system: You are a helpful assistant.
user:
Analyze the provided spectrum to determine if it is a **"Cataclysmic Variables (CV)"**.

- **Key Indicators for CV (Check for either state):**
    - **State 1: Quiescent / Low-State (Emission-Dominated)**
        - **(Primary):** Strong and *very broad* Hydrogen Balmer emission lines (e.g., $H\alpha$ at 6563 Å, $H\beta$ at 4861 Å). The 'broadness' (high velocity dispersion, often FWHM > 1000 km/s) is the key diagnostic, indicating a high-velocity accretion disk.
        - **(Secondary):** Broad neutral Helium (He I) emission lines (e.g., 5876 Å, 6678 Å).
        - **(Key Confirmation):** Presence of high-excitation *ionized* Helium (He II) emission at 4686 Å. This is a strong indicator of accretion onto a white dwarf.
        - **(Line Profile):** Emission lines may exhibit a 'double-peaked' profile, which is a classic signature of a rotating accretion disk viewed at high inclination.

    - **State 2: Outburst / High-State (Absorption-Dominated)**
        - **(Primary):** Spectrum is dominated by a bright, blue continuum (looks like a hot star).
        - **(Secondary):** The emission lines from State 1 are weak, absent, or 'filled in', and are replaced by broad, shallow *absorption* lines (primarily Balmer and He I).
        - **(Morphology):** The overall spectrum mimics a hot B/A-type star. The crucial difference is that the absorption lines are significantly broader, shallower, and more 'washed-out' (or 'smeared') than the sharp lines of a normal stellar photosphere, due to high rotational speeds and pressure broadening in the disk.

Think first, call **spectral_visualization_tool** if needed to examine features in detail, then provide your final answer. Your response must adhere to the following strict rules:
1.  **Overall Structure:** Your response must follow the format `<think>...</think> <tool_call>...</tool_call> (if a tool is used) <answer>...</answer>`.
2.  **Tool Usage Constraint:** You may only make **one** tool call per turn.
3.  **Final Answer Format:** In the `<answer>` tag, your conclusion must be inside a `\boxed{}` command (e.g., `\boxed{YES}`), followed by your justification.

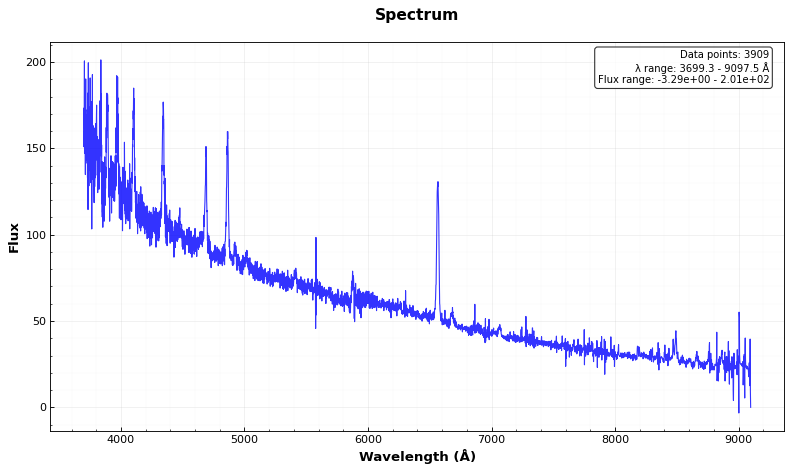
Answer: YES